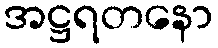
အဋ္ဌရတနော